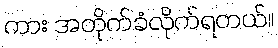
ကား အတိုက်ခံလိုက်ရတယ်။